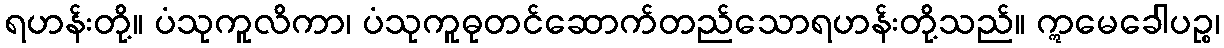
ရဟန်းတို့။ ပံသုကူလိကာ၊ ပံသုကူဓုတင်ဆောက်တည်သောရဟန်းတို့သည်။ ဣမေခေါပဉ္စ၊